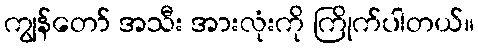
ကျွန်တော် အသီး အားလုံးကို ကြိုက်ပါတယ်။